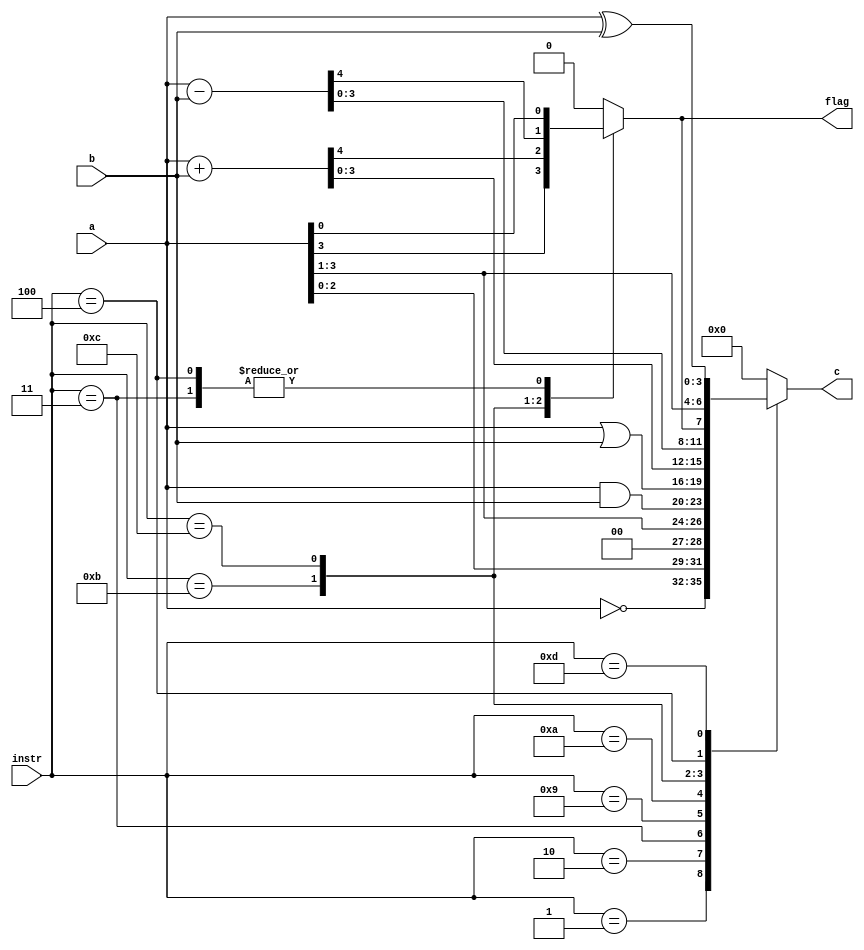
module ALU_2020_f
#(parameter BIT = 4, OPCODE = 4)
(
   output reg [BIT-1:0] c,
	output reg flag,
	input [OPCODE-1:0] instr,
	input [BIT-1:0] a,
	input [BIT-1:0] b
);
parameter
NOP = 	4'b0000,
NOT = 	4'b0001,
LSHIFT = 4'b0010,
RSHIFT = 4'b0011,
RCSHIFT = 4'b0100, /*        */
LAND = 	4'b1001,
LOR = 	4'b1010,
ADD = 	4'b1011,
SUB = 	4'b1100,
XOR = 	4'B1101; /*    xor */

always @ (*) 
	case (instr)
		NOP: {flag,c} = 0; 				
		NOT: {flag, c} = {1'b0, ~a}; 		
		LSHIFT: {flag, c} = {a, 1'b0};		
		RSHIFT: {c, flag} = {1'b0, a};		
		LAND: {flag, c} = {1'b0, a & b}; 
		LOR: {flag, c} = {1'b0, a | b};
		ADD: {flag, c} = a+b; 
		SUB: {flag, c} = a-b; 
		RCSHIFT: {c, flag} = {flag, a};
		XOR: {flag, c} = {1'b0, a ^ b};
		default: {flag, c} = {BIT+1{1'b0}}; 
   endcase	

endmodule

//module ALU_2020_f
//#(parameter BIT = 4, OPCODE = 4)
//(
//   output reg [BIT-1:0] c,
//	output reg flag,
//	input [OPCODE-1:0] instr,
//	input [BIT-1:0] a,
//	input [BIT-1:0] b
//);
//
//	always @ (*) 
//		case (instr)
//		4'b0000: {flag,c} = 0; 				// NOP
//		4'b0001: {flag, c} = {1'b0, ~a}; 		// NOT
//		4'b0010: {flag, c} = {a, 1'b0};		// LSHIFT 
//		4'b0011: {c, flag} = {1'b0, a};		// RSHIFT
//		4'b1001: {flag, c} = {1'b0, a & b}; // LAND
//		4'b1010: {flag, c} = {1'b0, a | b}; // LOR
//		4'b1011: {flag, c} = a+b; 			// ADD
//		4'b1100: {flag, c} = a-b; 			// SUB
//		4'b1000: {flag, c} = (~b) + (~a);//  
//		default: {flag, c} = 0; 
//  endcase	
//
//endmodule

 
//module ALU_2020_f
//// -  
//#(parameter N = 32)
//(
////    1 
////  - 
//    output reg [N:0] c,
//
////   
//	 input wire [3:0] instr,
//	 input wire clock_sig,
//
////    - 
//	 input [N-1:0] a,
//	 input [N-1:0] b
//);
//
////   		
//	always @ (*) 
//		case (instr)
//			4'b0000: c = 0; // NOP
//			4'b0001: c = ~a; // NOT A
//			4'b0010: c = a << 1; // LSHIFT A
//			4'b0011: c = a >> 1; // RSHIFT A
//			4'b0100: c = b; // MOV B
//			4'b0101: c = a & b; // AND A,B
//			4'b0110: c = a | b; // OR A,B
//			4'b0111: c = a + b; // SUM A,B
//			4'b1000: c = result_sig; // 		
//			default: c = 0; 
//	  	endcase	
//
//wire [N-1:0] result_sig;
//
//ALU_SQRT	ALU_SQRT_inst (.clock ( clock_sig ), .data ( a ), .result ( result_sig ) );
//		
//endmodule